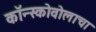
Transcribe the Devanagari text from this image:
कॉन्स्कोवोलाचा